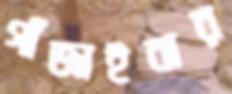
গাঁজাইবার